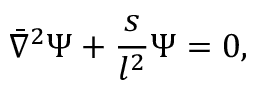
\bar { \nabla } ^ { 2 } \Psi + { \frac { s } { l ^ { 2 } } } \Psi = 0 ,